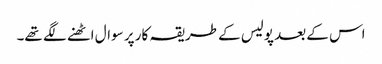
اس کے بعد پولیس کے طریقہ کار پر سوال اٹھنے لگے تھے۔